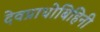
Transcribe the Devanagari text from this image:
देवप्राधोबिहिनी